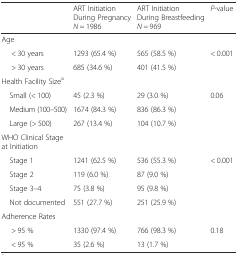
<table><thead><tr><td>[EMPTY_CELL]</td><td><b>ART Initiation During Pregnancy<i>N =</i> 1986</b></td><td><b>ART Initiation During Breastfeeding<i>N =</i> 969</b></td><td><b><i>P</i>-value</b></td></tr></thead><tbody><tr><td>Age</td><td>[EMPTY_CELL]</td><td>[EMPTY_CELL]</td><td>[EMPTY_CELL]</td></tr><tr><td>&lt; 30 years</td><td>1293 (65.4 %)</td><td>565 (58.5 %)</td><td>&lt; 0.001</td></tr><tr><td>&gt; 30 years</td><td>685 (34.6 %)</td><td>401 (41.5 %)</td><td>[EMPTY_CELL]</td></tr><tr><td>Health Facility Size<sup>a</sup></td><td>[EMPTY_CELL]</td><td>[EMPTY_CELL]</td><td>[EMPTY_CELL]</td></tr><tr><td> Small (&lt; 100)</td><td>45 (2.3 %)</td><td>29 (3.0 %)</td><td>0.06</td></tr><tr><td> Medium (100–500)</td><td>1674 (84.3 %)</td><td>836 (86.3 %)</td><td>[EMPTY_CELL]</td></tr><tr><td> Large (&gt; 500)</td><td>267 (13.4 %)</td><td>104 (10.7 %)</td><td>[EMPTY_CELL]</td></tr><tr><td>WHO Clinical Stage at Initiation</td><td>[EMPTY_CELL]</td><td>[EMPTY_CELL]</td><td>[EMPTY_CELL]</td></tr><tr><td> Stage 1</td><td>1241 (62.5 %)</td><td>536 (55.3 %)</td><td>&lt; 0.001</td></tr><tr><td> Stage 2</td><td>119 (6.0 %)</td><td>87 (9.0 %)</td><td>[EMPTY_CELL]</td></tr><tr><td> Stage 3–4</td><td>75 (3.8 %)</td><td>95 (9.8 %)</td><td>[EMPTY_CELL]</td></tr><tr><td> Not documented</td><td>551 (27.7 %)</td><td>251 (25.9 %)</td><td>[EMPTY_CELL]</td></tr><tr><td>Adherence Rates</td><td>[EMPTY_CELL]</td><td>[EMPTY_CELL]</td><td>[EMPTY_CELL]</td></tr><tr><td>&gt; 95 %</td><td>1330 (97.4 %)</td><td>766 (98.3 %)</td><td>0.18</td></tr><tr><td>&lt; 95 %</td><td>35 (2.6 %)</td><td>13 (1.7 %)</td><td>[EMPTY_CELL]</td></tr></tbody></table>